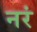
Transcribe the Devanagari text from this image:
नरं